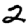
Digit: 2